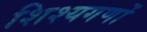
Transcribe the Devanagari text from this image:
शिश्यगणों